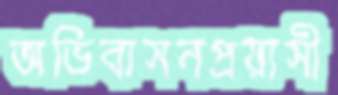
অভিবাসনপ্রয়াসী